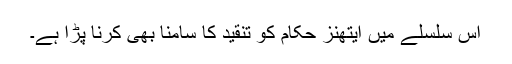
اس سلسلے ميں ايتھنز حکام کو تنقيد کا سامنا بھی کرنا پڑا ہے۔